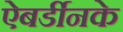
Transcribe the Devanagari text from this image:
ऐबर्डीनके